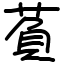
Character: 萯